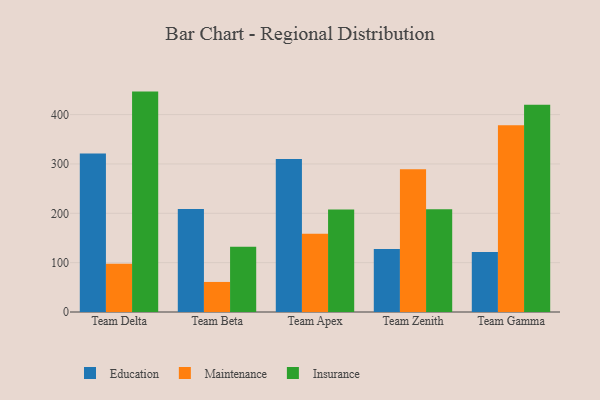
{"axis": {"x": "Team", "y": "Humidity (%)"}, "legend": ["Education", "Insurance", "Maintenance"], "data": [{"x": "Team Delta", "y": 321.4, "type": "Education"}, {"x": "Team Delta", "y": 97.6, "type": "Maintenance"}, {"x": "Team Delta", "y": 446.6, "type": "Insurance"}, {"x": "Team Beta", "y": 208.7, "type": "Education"}, {"x": "Team Beta", "y": 60.9, "type": "Maintenance"}, {"x": "Team Beta", "y": 132.2, "type": "Insurance"}, {"x": "Team Apex", "y": 310.2, "type": "Education"}, {"x": "Team Apex", "y": 158.4, "type": "Maintenance"}, {"x": "Team Apex", "y": 207.5, "type": "Insurance"}, {"x": "Team Zenith", "y": 127.9, "type": "Education"}, {"x": "Team Zenith", "y": 289.5, "type": "Maintenance"}, {"x": "Team Zenith", "y": 208.4, "type": "Insurance"}, {"x": "Team Gamma", "y": 121.4, "type": "Education"}, {"x": "Team Gamma", "y": 378.5, "type": "Maintenance"}, {"x": "Team Gamma", "y": 420.1, "type": "Insurance"}]}